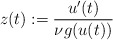
\begin{align*}z(t):=\dfrac{u'(t)}{\nu g(u(t))}\end{align*}